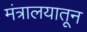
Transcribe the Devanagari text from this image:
मंत्रालयातून